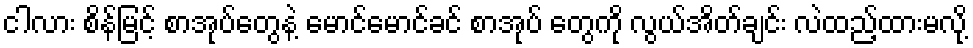
ငါလား စိန်မြင့် စာအုပ်တွေနဲ့ မောင်မောင်ခင် စာအုပ် တွေကို လွယ်အိတ်ချင်း လဲထည့်ထားမလို့